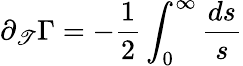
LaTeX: \partial_{\mathscr{T}}\Gamma=-\frac{{1}}{{2}}\int_{0}^{\infty}\frac{{{d}s}}{{s}}